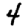
Digit: 4